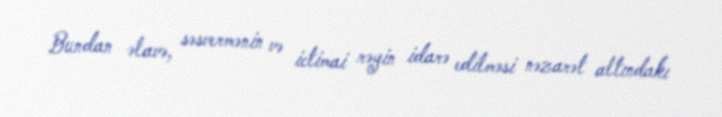
Bundan əlavə, səsvermənin və ictimai rəyin idarə edilməsi nəzarət altındakı